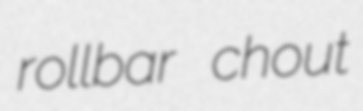
rollbar chout